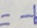
= - b